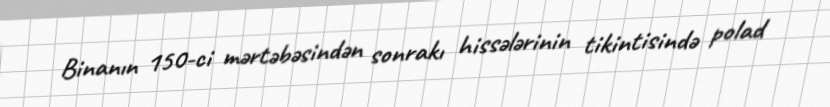
Binanın 150-ci mərtəbəsindən sonrakı hissələrinin tikintisində polad